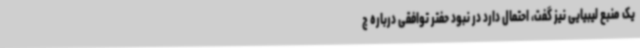
یک منبع لیبیایی نیز گفت، احتمال دارد در نبود حفتر توافقی درباره ج